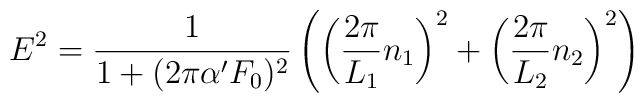
E^2 = \frac{1}{1+(2 \pi \alpha'F_{0})^2}\left(\left(\frac{2\pi}{L_1}n_1\right)^2 + \left(\frac{2\pi}{L_2}n_2\right)^2\right)